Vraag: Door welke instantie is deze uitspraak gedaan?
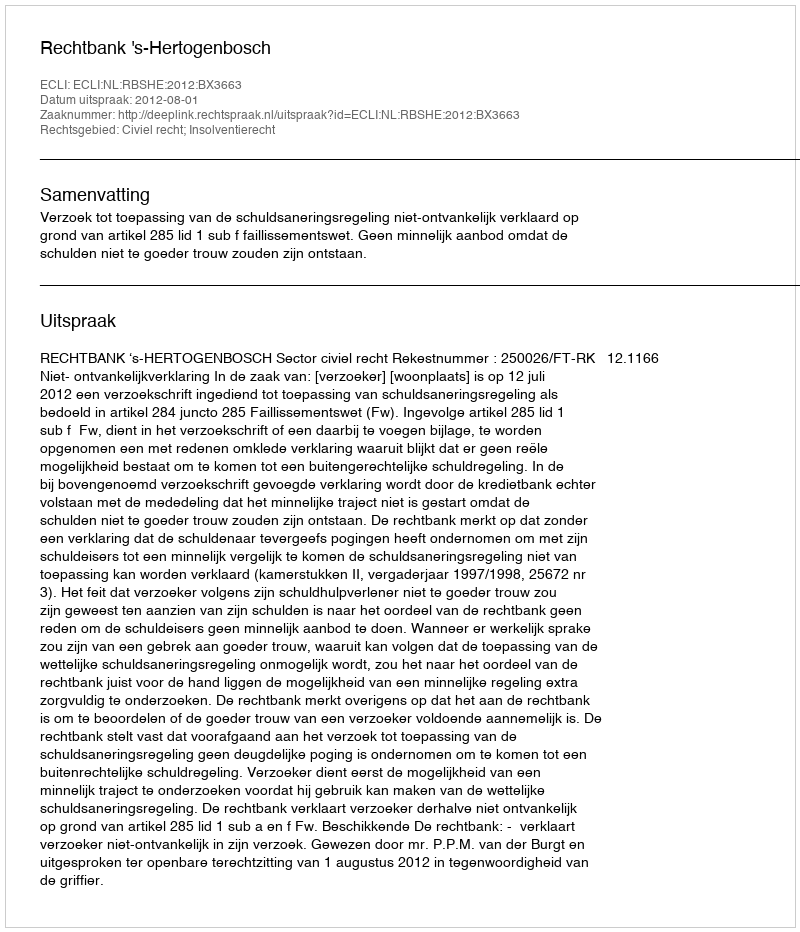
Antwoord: Rechtbank 's-Hertogenbosch